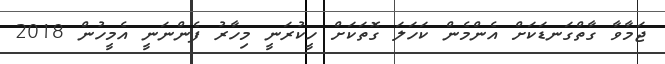
ޖަމާވާ ގާތްގަނޑަކަށް އެންމެން ކަހަލަ ގޮތަކަށް ހީކުރަނީ މިހާރު ފެންނަނީ އެމީހުން 2018